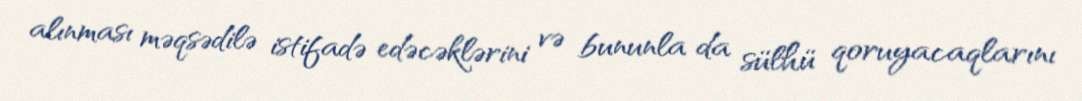
alınması məqsədilə istifadə edəcəklərini və bununla da sülhü qoruyacaqlarını